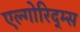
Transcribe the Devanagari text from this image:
एल्गोरिद्म्स